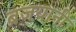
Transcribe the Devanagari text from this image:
ब्रजयानी